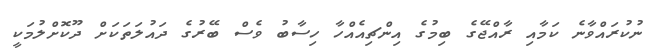
ނުކުރައްވާނެ ކަމާާއި ރާއްޖޭގެ ބިމުގެ އިންޗިއެއްހާ ހިސާބު ވެސް ބޭރުގެ ދައުލަތަކަށް ދޫކޮށްލުމަކީ